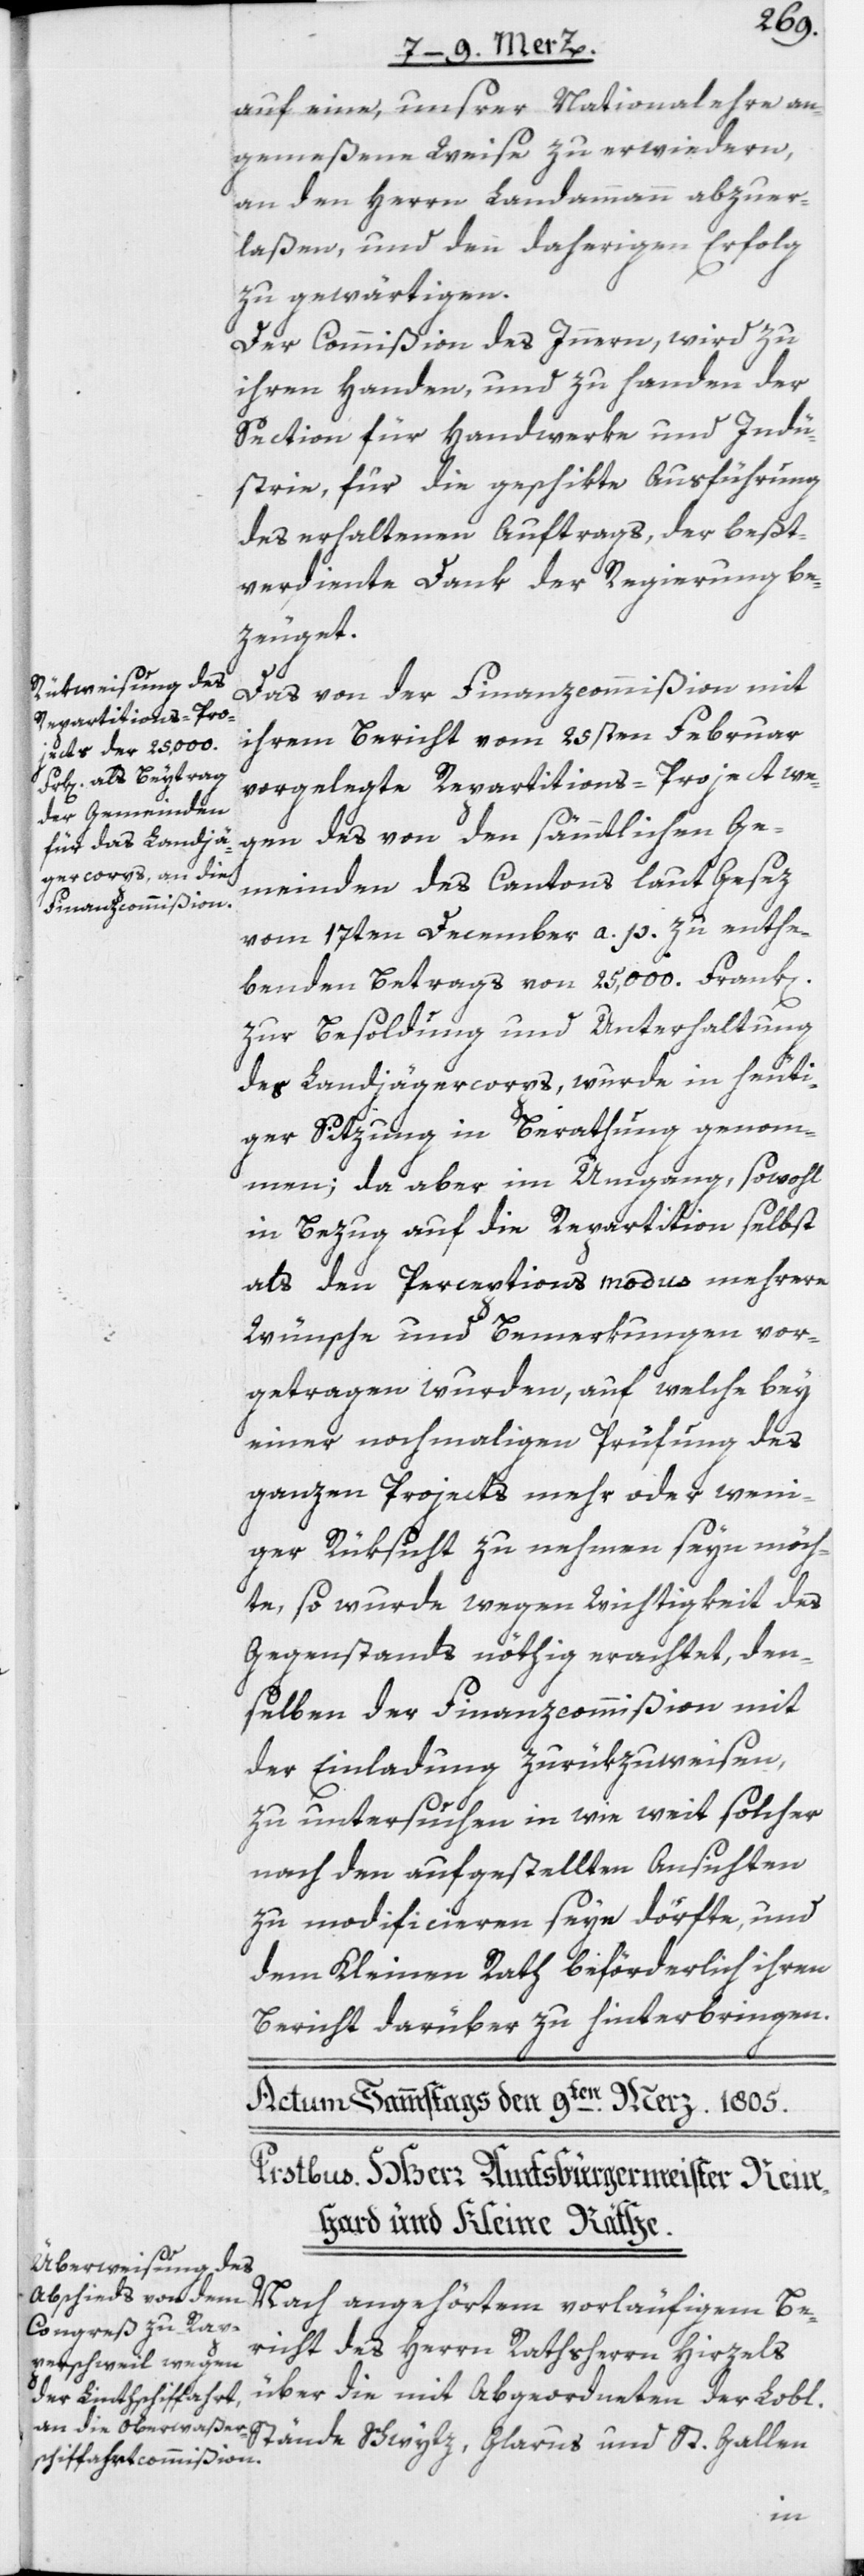
auf eine, unsrer Nationalehre an¬
gemeßene Weise zu erwiedern,
an den Herrn Landammann abzuer¬
laßen, und den daherigen Erfolg
zu gewärtigen.
Der Commißion des Innern, wird zu
ihren Handen und zu Handen der
Section für Handwerke und Indu¬
strie, für die geschikte Ausführung
des erhaltenen Auftrags, der beßt¬
verdiente Dank der Regierung be¬
zeuget.
Das von der Finanzcommißion mit
ihrem Bericht vom 25sten Februar
vorgelegte Repartitions-Project we¬
gen des von den sämmtlichen Ge¬
meinden des Cantons laut Gesez
vom 17ten December a. p. zu enthe¬
benden Betrags von 25,000. Frank[en]
zur Besoldung und Unterhaltung
des Landjägercorps, wurde in heuti¬
ger Sitzung in Berathung genom¬
men; da aber im Umgang, sowohl
in Bezug auf die Repartition selbst
als den Perceptions modus mehrere
Wünsche und Bemerkungen vor¬
getragen wurden, auf welche bey
einer nochmaligen Prüfung des
ganzen Projects mehr oder weni¬
ger Rüksicht zu nehmen seyn möch¬
te, so wurde wegen Wichtigkeit des
Gegenstands nöthig erachtet, den¬
selben der Finanzcommißion mit
der Einladung zurükzuweisen,
zu untersuchen in wie weit solcher
nach den aufgestellten Ansichten
zu modificieren seyn dörfte, und
dem Kleinen Rath beförderlich ihren
Bericht darüber zu hinterbringen.
Nach angehörtem vorläufigem Be¬
richt des Herrn Rathsherrn Hirzels
über die mit Abgeordneten der Lobl.
Stände Schwytz, Glarus und St. Gallen